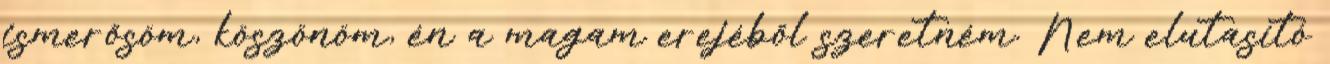
ismerősöm, köszönöm, én a magam erejéből szeretném. Nem elutasító